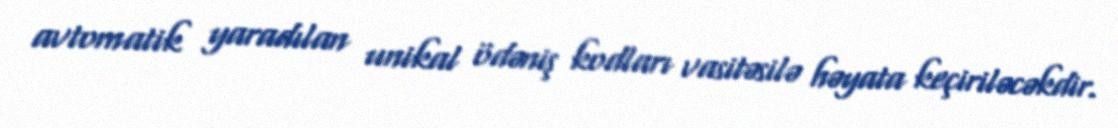
avtomatik yaradılan unikal ödəniş kodları vasitəsilə həyata keçiriləcəkdir.